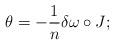
LaTeX: \begin{align*} \theta=-\frac{1}{n}\delta\omega\circ J;\end{align*}